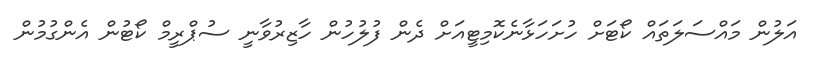
އަލުން މައްސަލަތައް ކޯޓަށް ހުށަހަޅާނެކޮމިޓީއަށް ދެން ފުލުހުން ހާޒިރުވާނީ ސުޕްރީމް ކޯޓުން އެންގުމުން